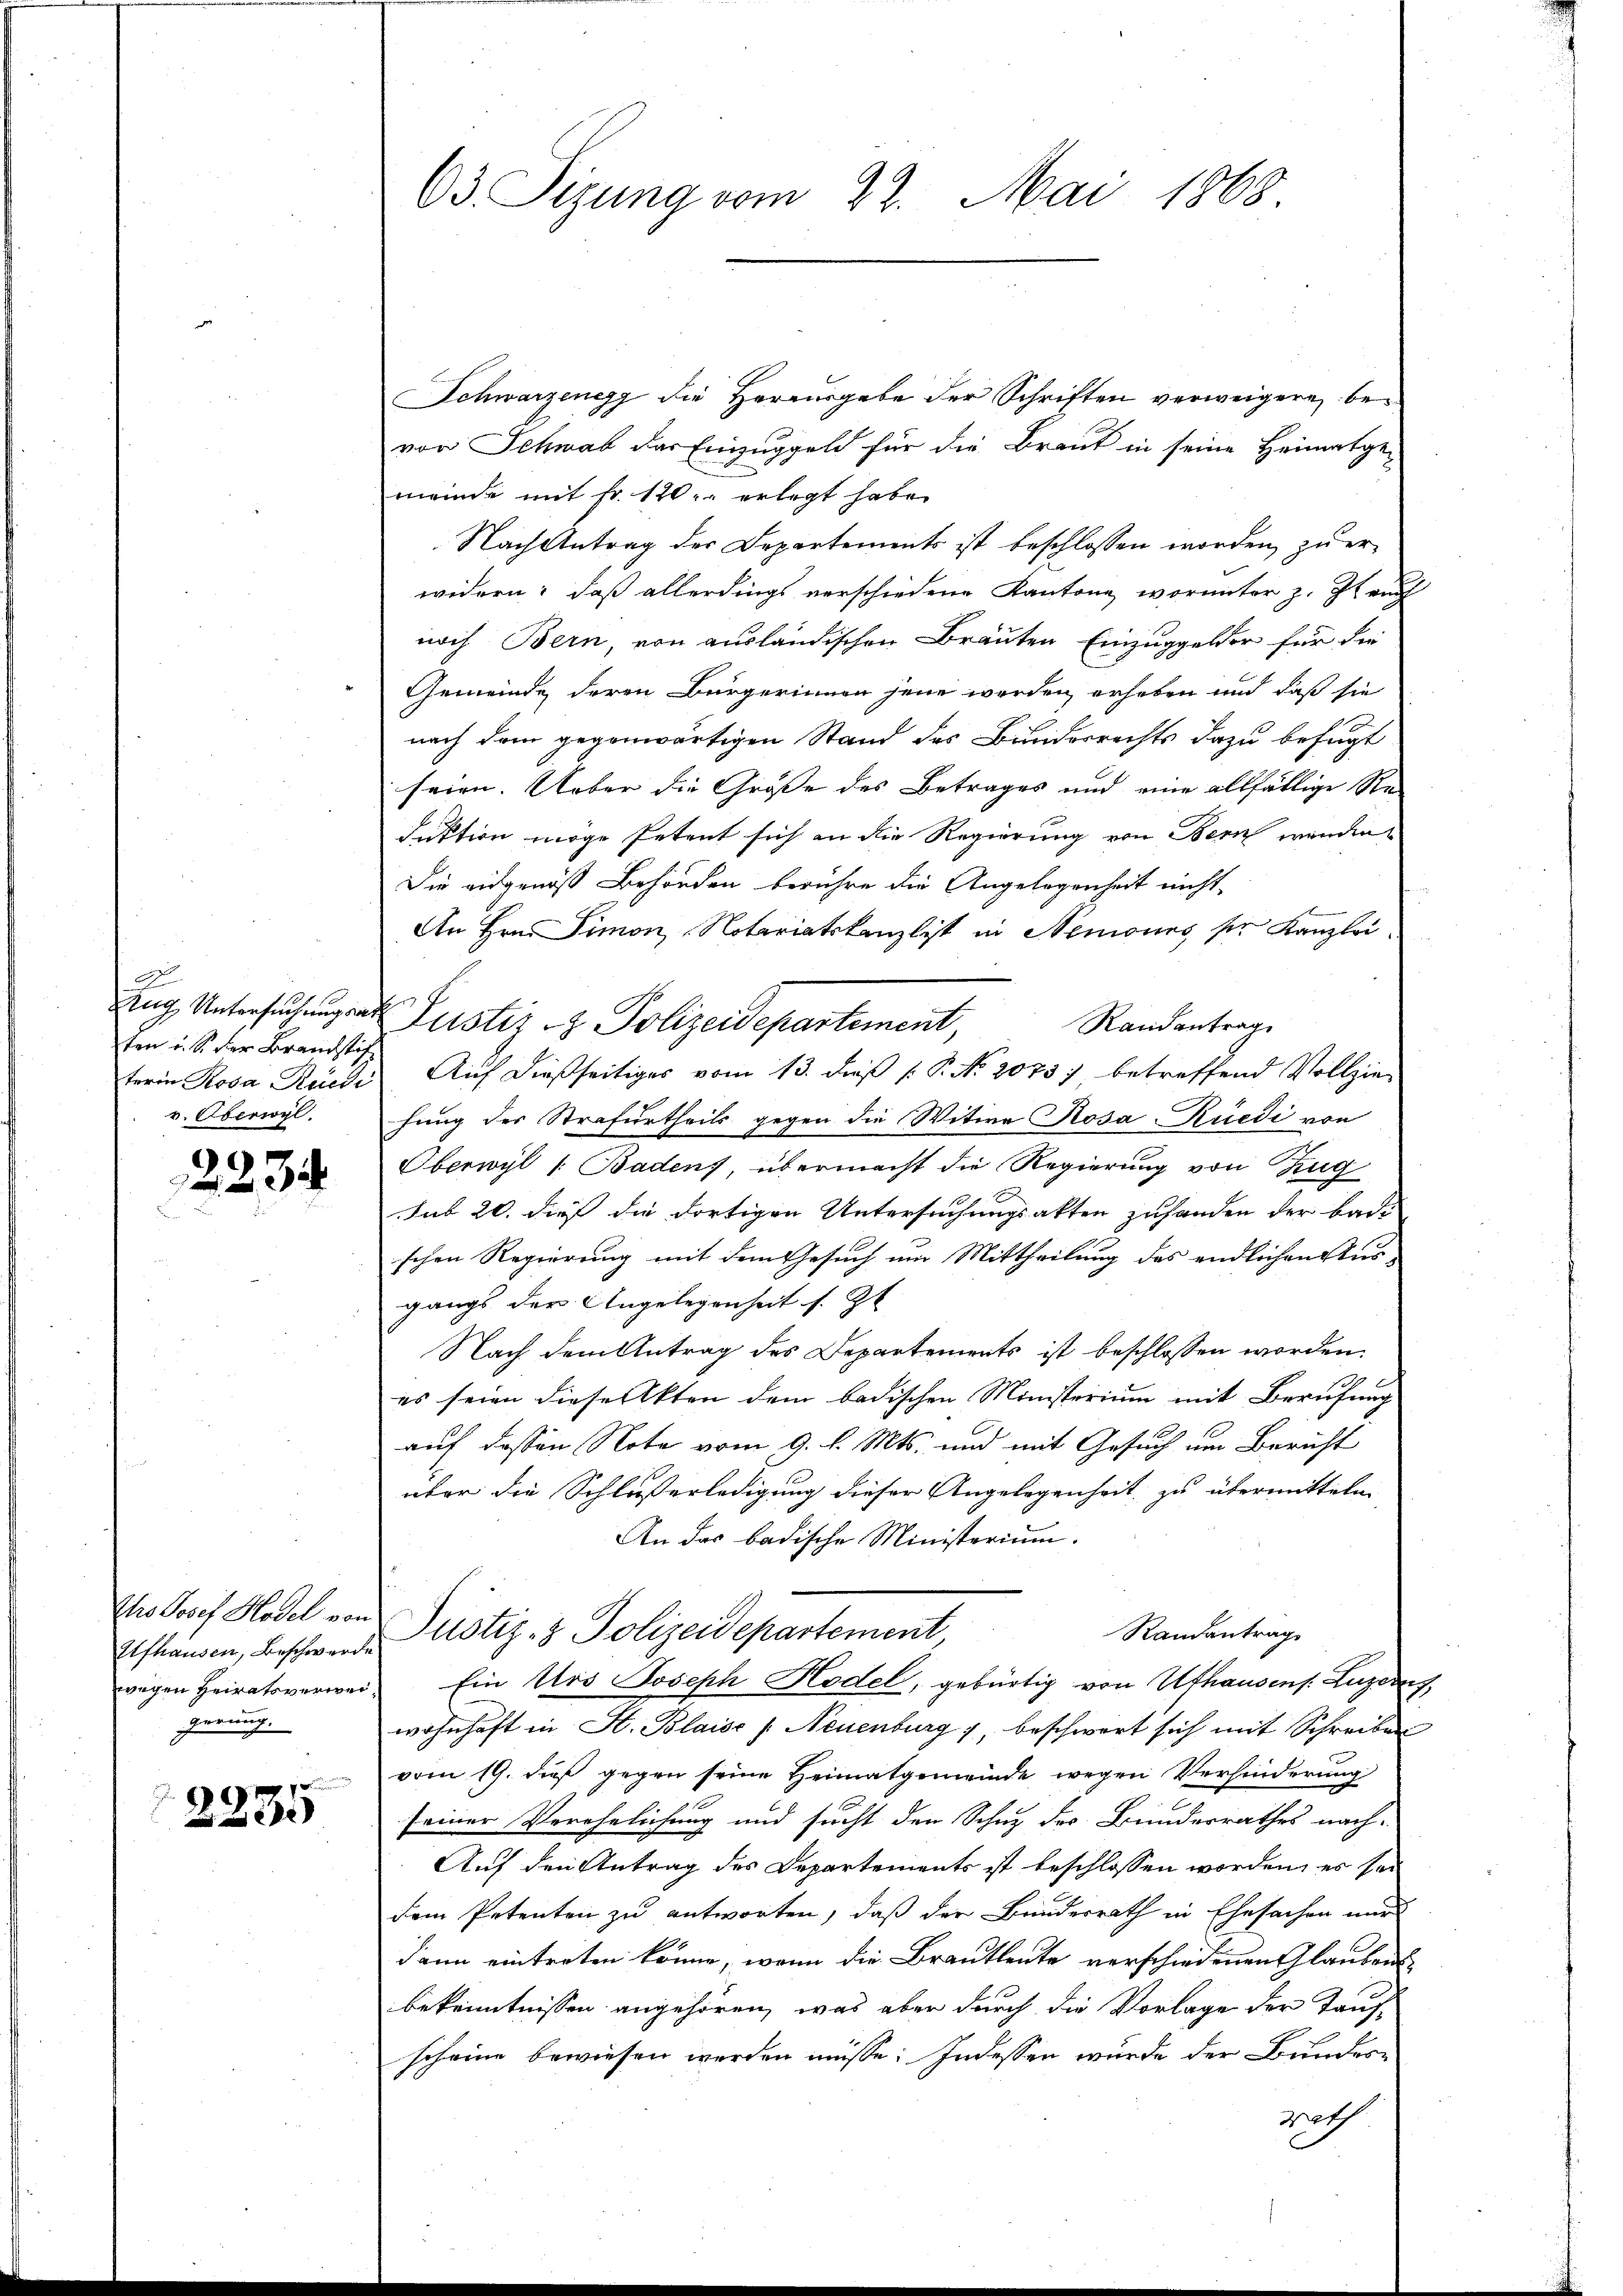
A
ten u. S. der Brandstifv. Oberwyl

2234

Ufhausen, Beschwerde
gerung.

2235

Schwarzenegg die Herausgabe der Schriften verweigern, bevon Schwab der Einzuggeld für die Braut in seine Heimatgei
meinde mit fr. 120. erlegt habe.
Nach Antrag der Departements ist beschlossen worden, zu erwidern: daß allerdings verschiedene Kantone, worunter z. Zt. auch
noch Bern, von ausländischen Brauten Einzuggelder für die
Gemeinde deren Bürgerinnen jene werden erheben und daß sie
nach dem gegenwärtigen Stand des Bundesrechts dazu befugt
seien. Ueber die Grösse des Betrages und eine allfällige Re¬
Fuktion möge Petent sich an die Regierung von Bern wenden
Die eidgenoß Behörden berühre die Angelegenheit nicht
An Hrn. Simon Notariatskanzlist in Nemones sie Kanzlei
Ang Untersuchung als Justiz & Polizeidepartement,
Randantrag
terin Rosa Rüedi Auf dießseitiges vom 13. dieß P. P. No. 2075 betreffend Vollzie-
hung der Strafurtheils gegen die Witwe Rosa-Rüedi von
Oberwyl /: Badens, übermacht die Regierung von Zug
sub 20. dieß die dortigen Untersuchungsakten zufanden der bade
schen Regierung mit dem Gesuch um Mittheilung des endlichen Ausgangs der Angelegenheit s. Zt
Nach dem Antrag des Departements ist beschlossen worden.
es seien diese Akten dem badischen Ministerium mit Berufung
auf dessen Note vom 9. l. Mts. und mit Gesuch um Bericht
über die Schlußerledigung dieser Angelegenheit zu übermitteln
An das badische Ministerium.
Ih Josef Hodel von Justiz- & Polizeidepartement,
Randantrag
wegen Heiratsverwei- Ein Urs Joseph Hodel, gebürtig von Ufhausens. Luzerns
wohnhaft in St. Blaioe /: Neuenburg, beschwert sich mit Schreiben
vom 19. dieß gegen seine Heimatgemeinde wegen Verhinderung
seiner Verehelichung und sucht den Schutz des Bundesrathes nach¬
Auf den Antrag des Departements ist beschlossen worden, es sei
dem Petenten zu antworten, daß der Bundesrath in Ehesachen nur
dann eintreten könne, wenn die Brautleute verschiedenen Glaubens
bekenntnissen angehören, was aber durch die Vorlage der Tauf-
scheine bewiesen werden müsse. Indessen wurde der Bundesrrath

63. Sizung vom 22. Mai 1868